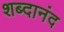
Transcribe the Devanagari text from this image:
शब्दानंद